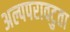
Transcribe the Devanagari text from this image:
अल्पपरावटुता